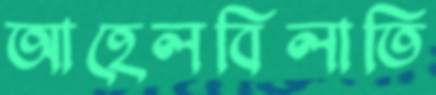
আহেলবিলাতি